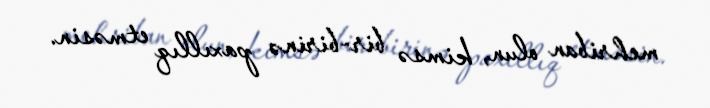
mehriban olun, kimsə bir-birinə paxıllıq etməsin.